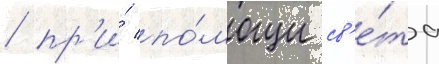
/ пр'и́ по́мощи св'е́та